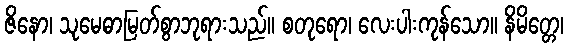
ဇိနော၊ သုမေဓာမြတ်စွာဘုရားသည်။ စတုရော၊ လေးပါးကုန်သော။ နိမိတ္တေ၊